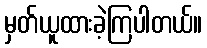
မှတ်ယူထားခဲ့ကြပါတယ်။